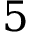
5